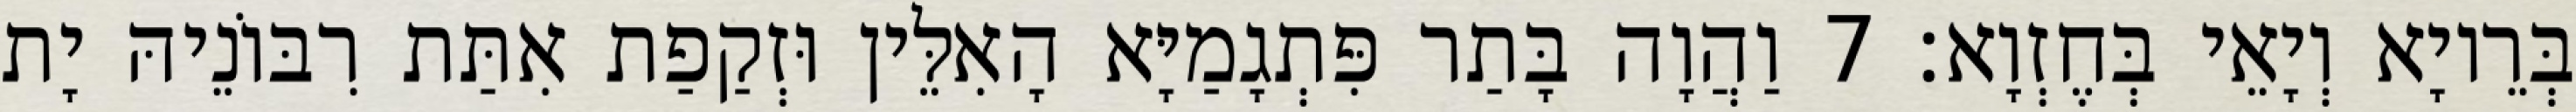
בְּרֵיוָא וְיָאֵי בְּחֶזְוָא׃ 7 וַהֲוָה בָּתַר פִּתְגָמַיָּא הָאִלֵּין וּזְקַפַת אִתַּת רִבּוֹנֵיהּ יָת